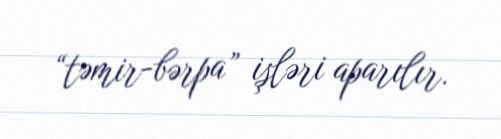
“təmir-bərpa” işləri aparılır.